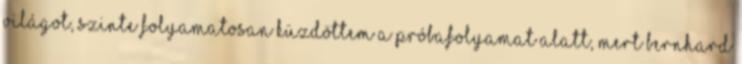
világot, szinte folyamatosan küzdöttem a próbafolyamat alatt, mert Bernhard